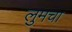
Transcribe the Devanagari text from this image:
लुमचा